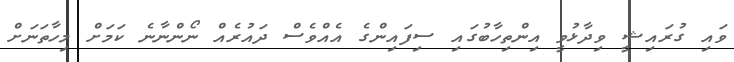
ވައި ގުރައިޝީ ވިދާޅުވީ އިންތިހާބުގައި ސިފައިންގެ އެއްވެސް ދައުރެއް ނޯންނާނެ ކަމަށް މިހާތަނަށް